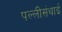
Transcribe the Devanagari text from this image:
पल्‍लीसंथाई